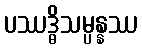
ပဿဒ္ဓိသမ္ပန္နဿ